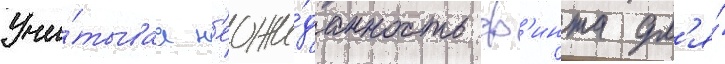
Учи́тываа н'еожи́данность ф'инта дл'я́